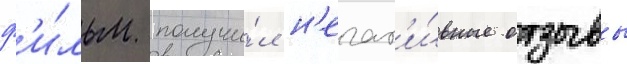
ф'и́льм получи́л н'егат'и́вные отзывы